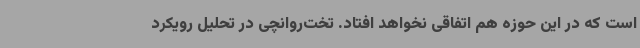
است که در این حوزه هم اتفاقی نخواهد افتاد. تخت‌روانچی در تحلیل رویکرد